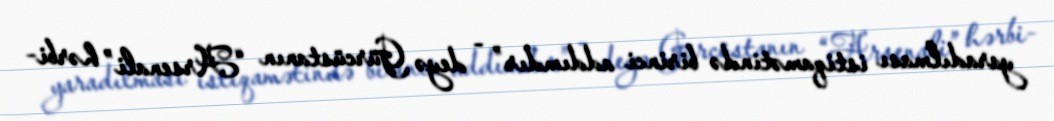
yaradılması istiqamətində birinci addımdır” - deyə Gürcüstanın “Arsenali” hərbi-